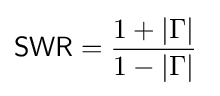
{\mathsf {SWR}}={\frac {1+|\Gamma |}{1-|\Gamma |}}~